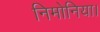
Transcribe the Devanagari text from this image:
निमोनिया।